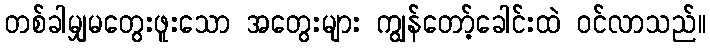
တစ်ခါမျှမတွေးဖူးသော အတွေးများ ကျွန်တော့်ခေါင်းထဲ ဝင်လာသည်။